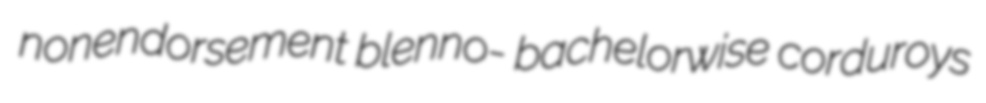
nonendorsement blenno- bachelorwise corduroys